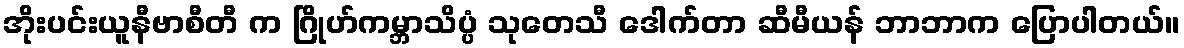
အိုးပင်းယူနီဗာစီတီ က ဂြိုဟ်ကမ္ဘာသိပ္ပံ သုတေသီ ဒေါက်တာ ဆီမီယန် ဘာဘာက ပြောပါတယ်။